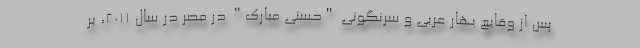
پس از وقایع بهار عربی و سرنگونی "حسنی مبارک" در مصر در سال 2011، بر